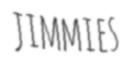
JIMMIES